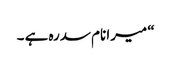
“ میرا نام سدرہ ہے ۔